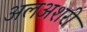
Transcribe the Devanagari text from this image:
अलअशरी